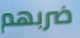
ضربهم